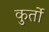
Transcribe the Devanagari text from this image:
कुर्तो